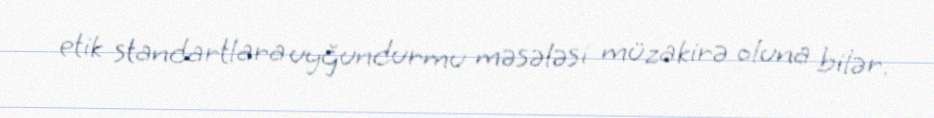
etik standartlara uyğundurmu məsələsi müzakirə oluna bilər.